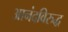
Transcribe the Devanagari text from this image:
आनंदविरुद्ध